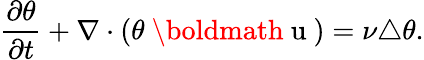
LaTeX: \frac{\partial\theta}{\partial t}+\nabla\cdot(\theta\mathrm{~\boldmath~u~})=\nu\triangle\theta.